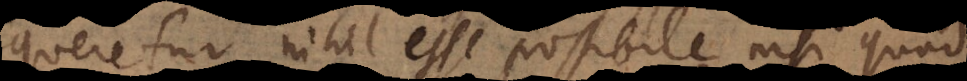
sequeretur nihil esse possibile nisi quod